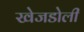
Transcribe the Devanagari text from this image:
खेजडोली